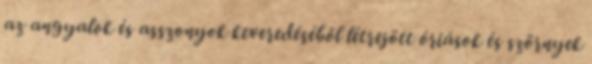
az angyalok és asszonyok keveredéséből létrejött óriások és szörnyek